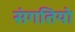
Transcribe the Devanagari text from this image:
संगतियो